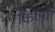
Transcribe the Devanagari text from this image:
कि०मी